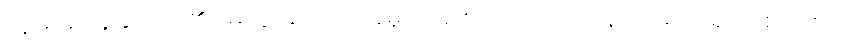
သူမအနေနှင့် သူ၏မေတ္တာတောင်းခံမှုအသစ်ထက် ဟိုတုန်းက ရက်ရက် စက်စက်